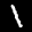
Label: 1